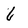
Character: 6